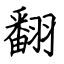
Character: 翻